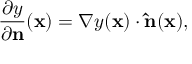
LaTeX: { \frac { \partial y } { \partial \mathbf { n } } } ( \mathbf { x } ) = \nabla y ( \mathbf { x } ) \cdot \mathbf { \hat { n } } ( \mathbf { x } ) ,